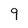
Character: 9